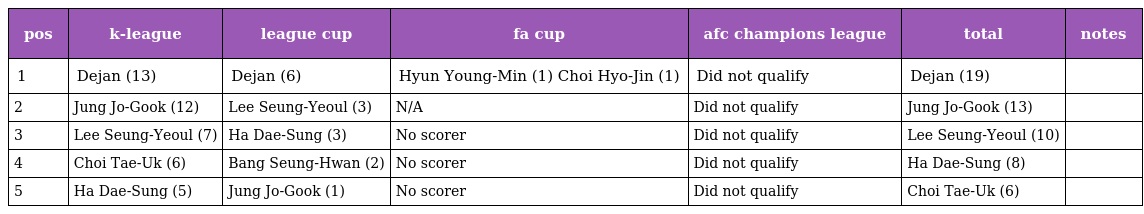
| pos | k-league | league cup | fa cup | afc champions league | total | notes |
 | --- | --- | --- | --- | --- | --- | --- |
 | 1 | Dejan (13) | Dejan (6) | Hyun Young-Min (1) Choi Hyo-Jin (1) | Did not qualify | Dejan (19) |  |
 | 2 | Jung Jo-Gook (12) | Lee Seung-Yeoul (3) | N/A | Did not qualify | Jung Jo-Gook (13) |  |
 | 3 | Lee Seung-Yeoul (7) | Ha Dae-Sung (3) | No scorer | Did not qualify | Lee Seung-Yeoul (10) |  |
 | 4 | Choi Tae-Uk (6) | Bang Seung-Hwan (2) | No scorer | Did not qualify | Ha Dae-Sung (8) |  |
 | 5 | Ha Dae-Sung (5) | Jung Jo-Gook (1) | No scorer | Did not qualify | Choi Tae-Uk (6) |  |